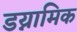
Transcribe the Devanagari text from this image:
डय्नामिक